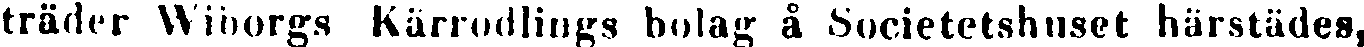
träder Wiborgs Kärrodlings bolag å Societetshuset härstädes,